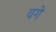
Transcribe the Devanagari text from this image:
वगे